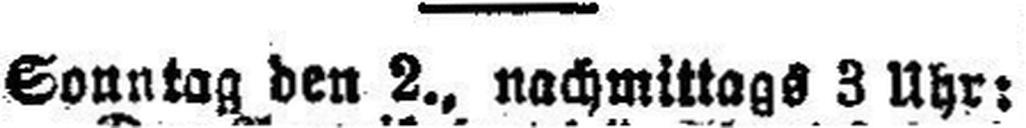
Sonntag den 2., nachmittags 3 Uhr: